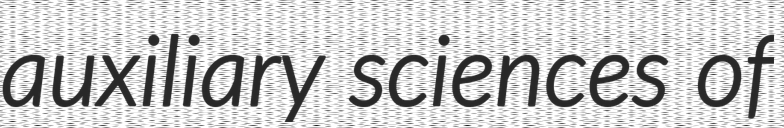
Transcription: auxiliary sciences of